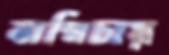
বাগিচায়